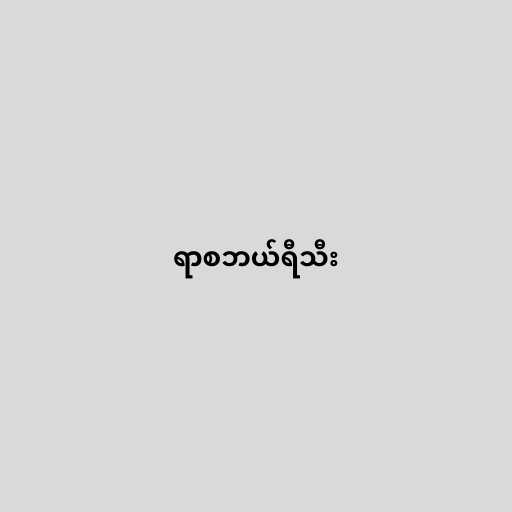
ရာစဘယ်ရီသီး